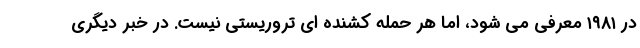
در ۱۹۸۱ معرفی می شود، اما هر حمله کشنده ای تروریستی نیست. در خبر دیگری